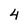
Character: 4